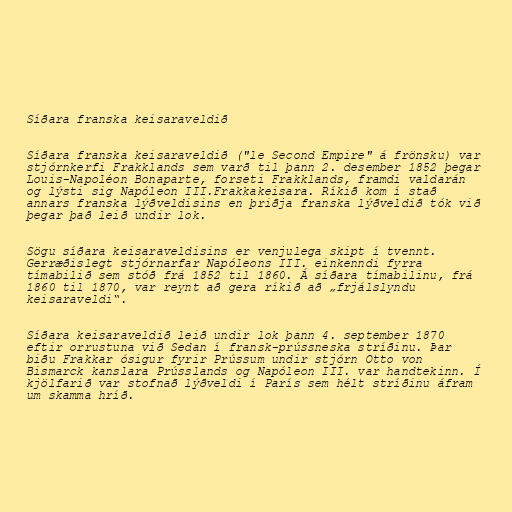
Síðara franska keisaraveldið

Síðara franska keisaraveldið ("le Second Empire" á frönsku) var
stjórnkerfi Frakklands sem varð til þann 2. desember 1852 þegar
Louis-Napoléon Bonaparte, forseti Frakklands, framdi valdarán
og lýsti sig Napóleon III.Frakkakeisara. Ríkið kom í stað
annars franska lýðveldisins en þriðja franska lýðveldið tók við
þegar það leið undir lok.

Sögu síðara keisaraveldisins er venjulega skipt í tvennt.
Gerræðislegt stjórnarfar Napóleons III. einkenndi fyrra
tímabilið sem stóð frá 1852 til 1860. Á síðara tímabilinu, frá
1860 til 1870, var reynt að gera ríkið að „frjálslyndu
keisaraveldi“.

Síðara keisaraveldið leið undir lok þann 4. september 1870
eftir orrustuna við Sedan í fransk-prússneska stríðinu. Þar
biðu Frakkar ósigur fyrir Prússum undir stjórn Otto von
Bismarck kanslara Prússlands og Napóleon III. var handtekinn. Í
kjölfarið var stofnað lýðveldi í París sem hélt stríðinu áfram
um skamma hríð.